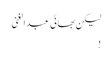
لیکن بھائی عبدالغنی
!